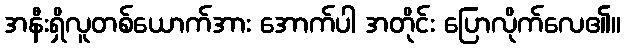
အနီးရှိလူတစ်ယောက်အား အောက်ပါ အတိုင်း ပြောလိုက်လေ၏။